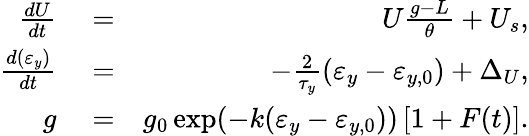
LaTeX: \begin{array}{rlr}{\frac{dU}{dt}}&{{}=}&{U\frac{g-L}{\theta}+U_{s},}\\ {\frac{d(\varepsilon_{y})}{dt}}&{{}=}&{-\frac{2}{\tau_{y}}(\varepsilon_{y}-\varepsilon_{y,0})+\Delta_{U},}\\ {g}&{{}=}&{g_{0}\exp(-k(\varepsilon_{y}-\varepsilon_{y,0}))\left[1+F(t)\right].}\end{array}